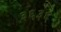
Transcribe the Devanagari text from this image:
३६३६